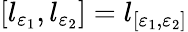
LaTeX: \left[l_{\varepsilon_{1}},l_{\varepsilon_{2}}\right]=l_{[\varepsilon_{1},\varepsilon_{2}]}